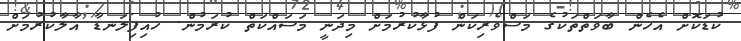
ކުޑަކޮށް އެހެން ބާވަތްތަކުގެ މަސްވެރިކަން ފުޅާކުރުމަށް މިދަނީ މަސައްކަތް ކުރަމުން. ހުއިފިލަނޑާ އާލާކުރުމަށް